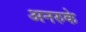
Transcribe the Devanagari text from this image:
अनरुके